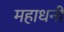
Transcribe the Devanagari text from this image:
महाधनी